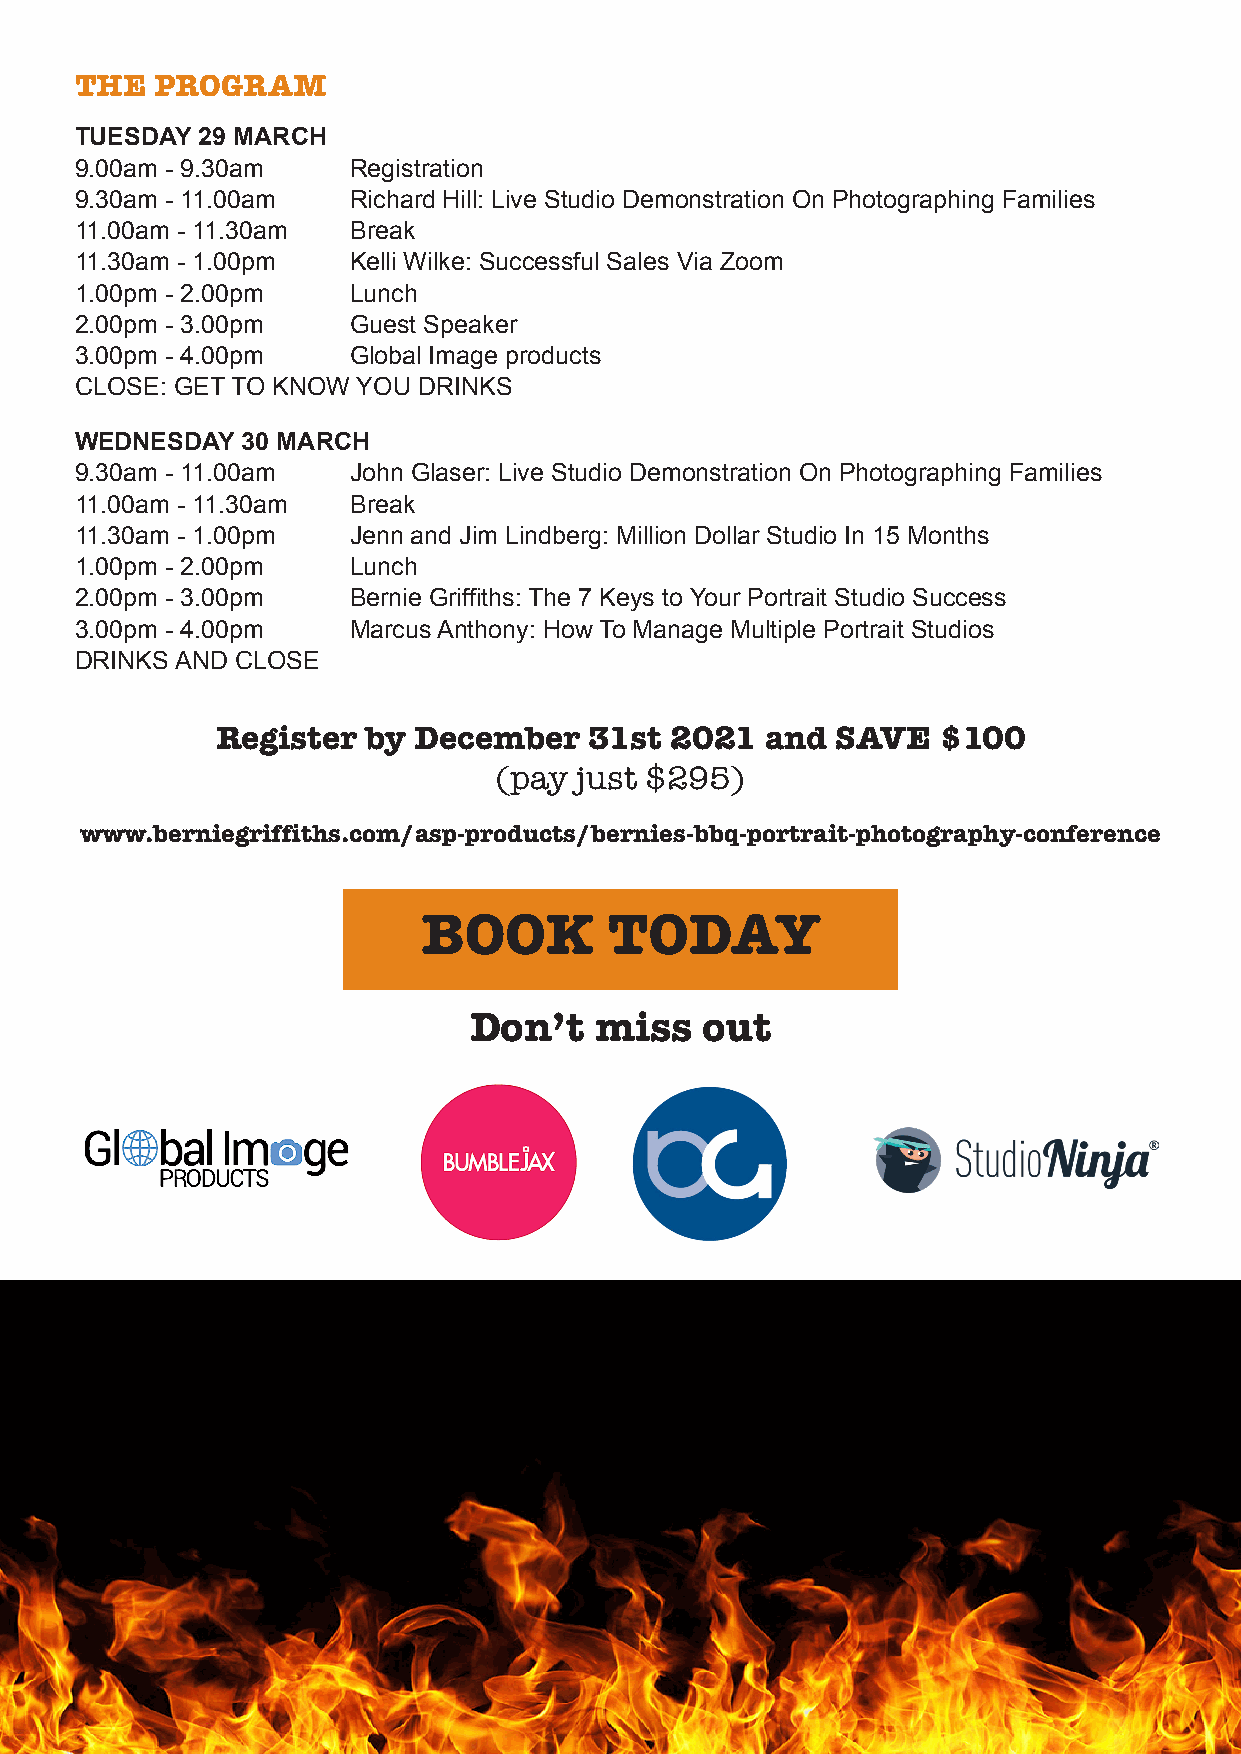
THE  PROGRAM
 TUESDAY 29 MARCH
 9.00am - 9.30am   Registration
 9.30am - 11.00am  Richard Hill: Live Studio Demonstration On Photographing Families
 11.00am - 11.30am Break
 11.30am - 1.00pm  Kelli Wilke: Successful Sales Via Zoom
 1.00pm - 2.00pm   Lunch
 2.00pm - 3.00pm   Guest Speaker
 3.00pm - 4.00pm   Global Image products
 CLOSE: GET TO KNOW YOU DRINKS
 WEDNESDAY  30 MARCH
 9.30am - 11.00am  John Glaser: Live Studio Demonstration On Photographing Families
 11.00am - 11.30am Break
 11.30am - 1.00pm  Jenn and Jim Lindberg: Million Dollar Studio In 15 Months
 1.00pm - 2.00pm   Lunch
 2.00pm - 3.00pm   Bernie Griffiths: The 7 Keys to Your Portrait Studio Success
 3.00pm - 4.00pm   Marcus Anthony: How To Manage Multiple Portrait Studios
 DRINKS AND CLOSE
 Register  by December    31st 2021   and SAVE   $100
 (pay just $295)
 www.berniegriffiths.com/asp-products/bernies-bbq-portrait-photography-conference
 BOOK        TODAY
 Don’t   miss    out